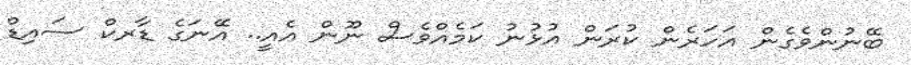
ބޭނުންވެގެން އަހަރެން ކުރަން އުޅުނު ކަމެއްވެސް ނޫން އެއީ.. އޭނަގެ ޑާރކް ސައިޑް